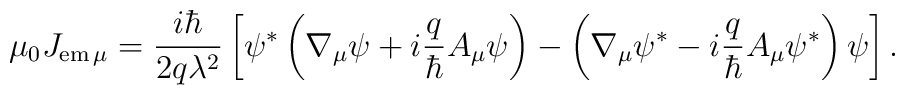
\mu_0J_{{\rm em}\,\mu}=\frac{i\hbar}{2q\lambda^2}\left[\psi^*\left(\nabla_\mu\psi+i\frac{q}{\hbar}A_\mu\psi\right)-\left(\nabla_\mu\psi^*-i\frac{q}{\hbar}A_\mu\psi^*\right)\psi\right].